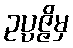
ဥပ္ပဇ္ဇိမှ